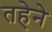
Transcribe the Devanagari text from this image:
तहेने